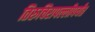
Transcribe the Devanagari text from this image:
तिरुचिरापल्लीपर्यंत